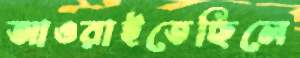
আওরাইতেছিলে